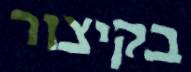
בקיצור